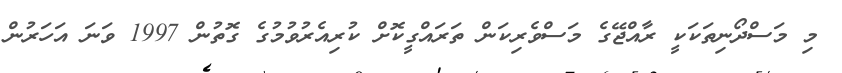
މި މަސްދޯނިތަކަކީ ރާއްޖޭގެ މަސްވެރިކަން ތަރައްގީކޮށް ކުރިއެރުވުމުގެ ގޮތުން 1997 ވަނަ އަހަރުން